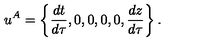
u ^ { A } = \left\{ { \frac { d t } { d \tau } } , 0 , 0 , 0 , 0 , { \frac { d z } { d \tau } } \right\} .